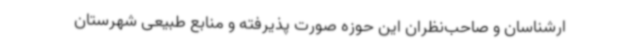
ارشناسان و صاحب‌نظران این حوزه صورت پذیرفته و منابع طبیعی شهرستان